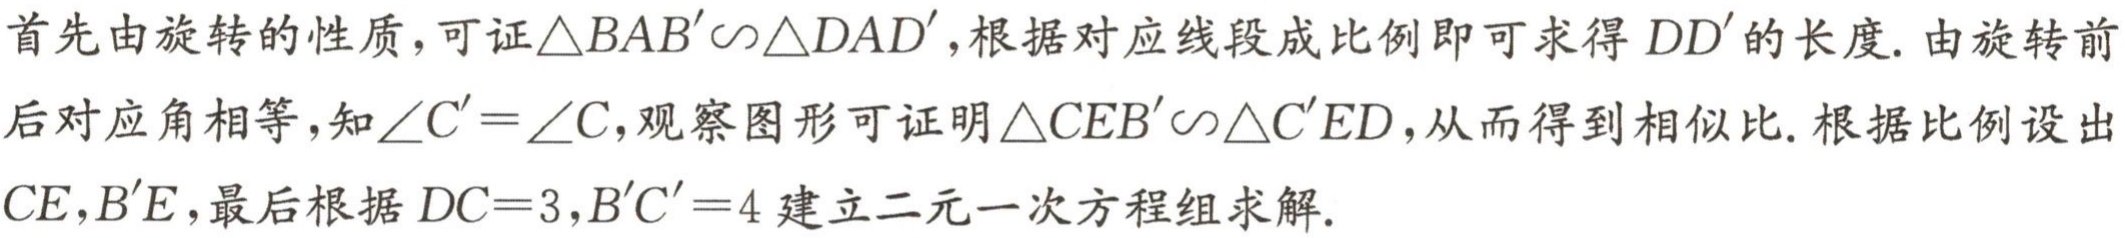
首先由旋转的性质，可证\(\triangle BAB'\sim\triangle DAD'\)，根据对应线段成比例即可求得 \(DD'\)的长度. 由旋转前后对应角相等，知\(\angle C'=\angle C\)，观察图形可证明\(\triangle CEB'\sim\triangle C'ED\)，从而得到相似比. 根据比例设出\(CE,B'E\)，最后根据\(DC = 3,B'C' = 4\)建立二元一次方程组求解.